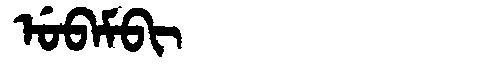
Manchu: ᡠᠪᠠᠮᠪᡳ
Romanization: UBAMBI